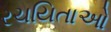
રચયિતાઓ